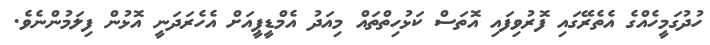
ހުދުގަމީހެއްގެ އެތެރޭގައި ފޮރުވިފައި އޮތަސް ކަޅުހިތްތައް މިއަދު އެމްޑީޕީއަށް އެހެރަދަނީ އޮޅުން ފިލަމުންނެވެ.